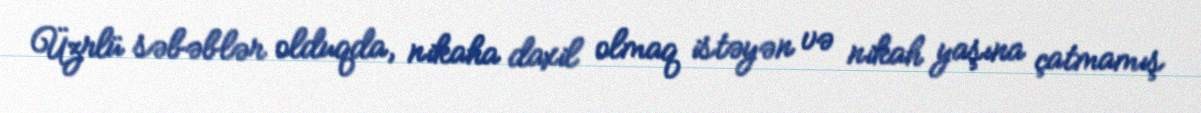
Üzrlü səbəblər olduqda, nikaha daxil olmaq istəyən və nikah yaşına çatmamış